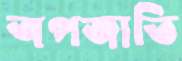
অপজাতি